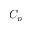
C _ { p }